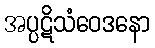
အပ္ပဋိသံဝေဒနော